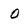
Character: 0